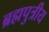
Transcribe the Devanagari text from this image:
ब्रह्मपुत्रीय